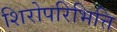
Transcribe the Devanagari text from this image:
शिरोपरिभित्ति